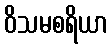
ဝိသမစရိယာ